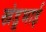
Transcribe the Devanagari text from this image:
खंडूभाई